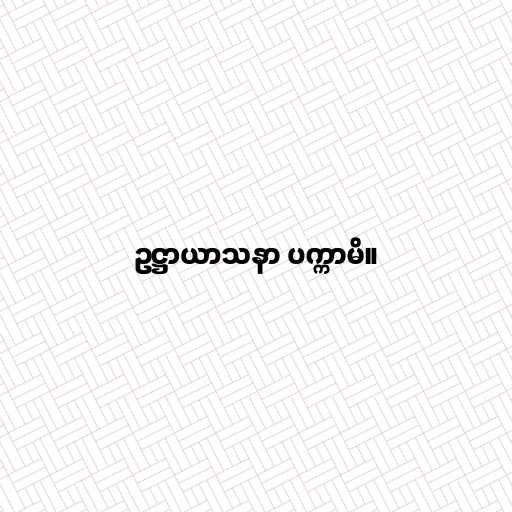
ဥဋ္ဌာယာသနာ ပက္ကာမိ။